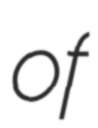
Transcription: of